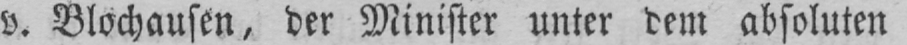
v. Blochausen, der Minister unter dem absoluten